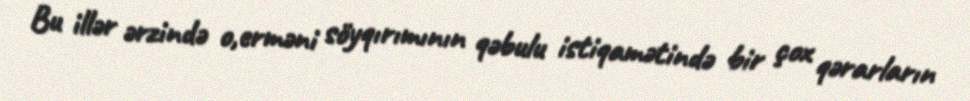
Bu illər ərzində o,erməni söyqırımının qəbulu istiqamətində bir çox qərarların